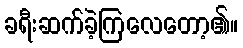
ခရီးဆက်ခဲ့ကြလေတော့၏။